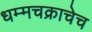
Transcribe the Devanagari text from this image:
धम्मचक्राचेच